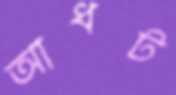
আধট